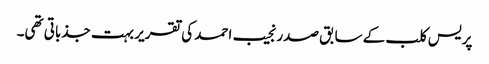
پریس کلب کے سابق صدر نجیب احمد کی تقریر بہت جذباتی تھی۔